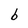
Character: b